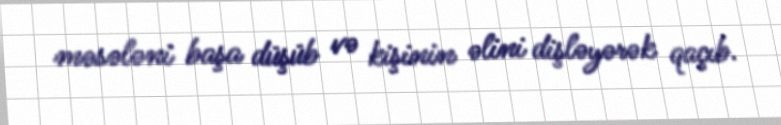
məsələni başa düşüb və kişinin əlini dişləyərək qaçıb.